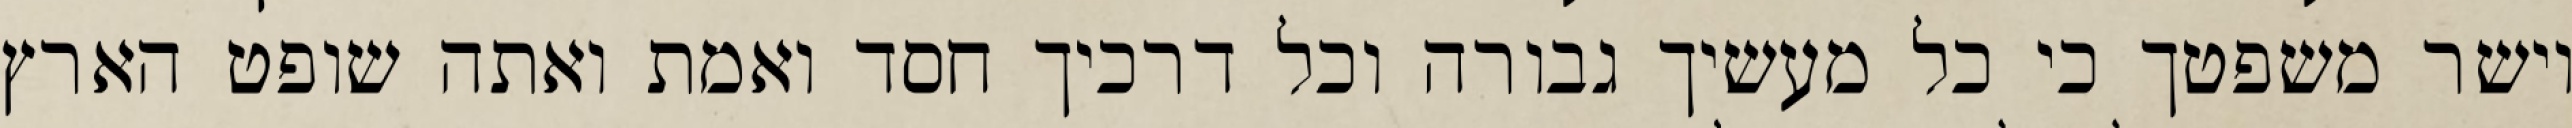
וישר משפטך כי כל מעשיך גבורה וכל דרכיך חסד ואמת ואתה שופט הארץ